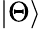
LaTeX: |\Theta\rangle